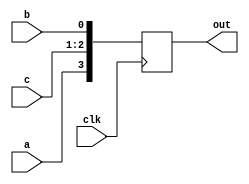
module sub_module(
	input            clk,
	input            a,
	input            b,
	input  [1:0]     c,
	output reg [3:0] out
);

always @(posedge clk) begin
	out <= {a,{c,{b}}};
end

endmodule

module proc_nested_concats(
	input        clk,
	input        a,
	input        b,
	input  [1:0] c,
	output       out_1,
	output [2:0] out_2
);

sub_module sub(
	.clk(clk),
	.a(a),
	.b(b),
	.c(c),
	.out({out_2,out_1})
);

endmodule